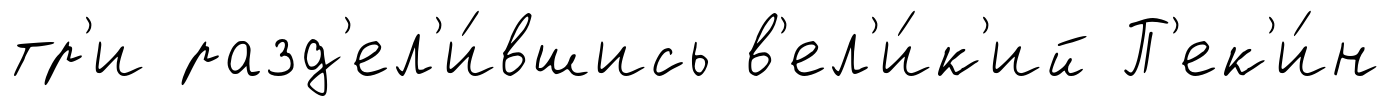
тр'и разд'ел'и́вшись в'ел'и́к'ий П'ек'и́н